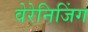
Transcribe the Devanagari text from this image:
वेरेनिजिंग